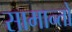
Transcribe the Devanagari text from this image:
सामान्तो